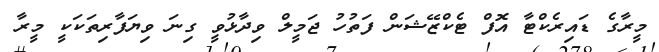
މީރާގެ ޑައިރެކްޓާ އޮފް ޓެކްޒޭޝަން ފަތުހު ޖަމީލް ވިދާޅުވީ ގިނަ ވިޔަފާރިތަކަކީ މީރާ